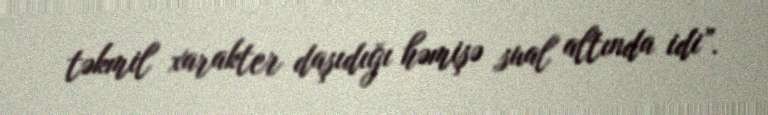
təkmil xarakter daşıdığı həmişə sual altında idi”.